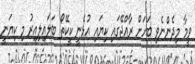
ވީމާ މިދެންނެވި ބަހަށް ރާއްޖޭގައި ކިޔައި އުޅެނީ ކީކޭތޯ ބަލައިލިއިރު މި ކިޔަނީ